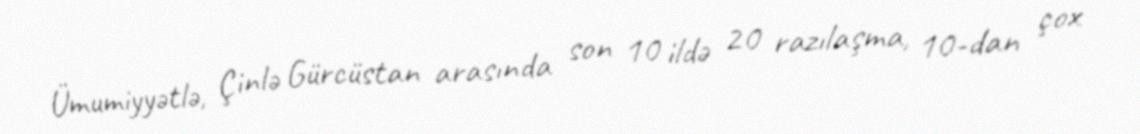
Ümumiyyətlə, Çinlə Gürcüstan arasında son 10 ildə 20 razılaşma, 10-dan çox